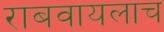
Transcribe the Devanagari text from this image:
राबवायलाच